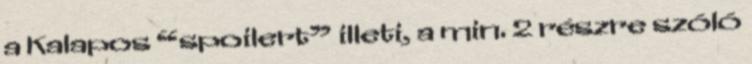
a Kalapos “spoilert” illeti, a min. 2 részre szóló